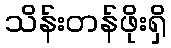
သိန်းတန်ဖိုးရှိ